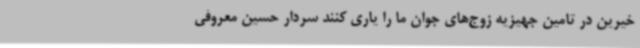
خیرین در تامین جهیزیه زوج‌های جوان ما را یاری کنند سردار حسین معروفی